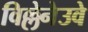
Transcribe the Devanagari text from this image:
विल्लेनेउवे